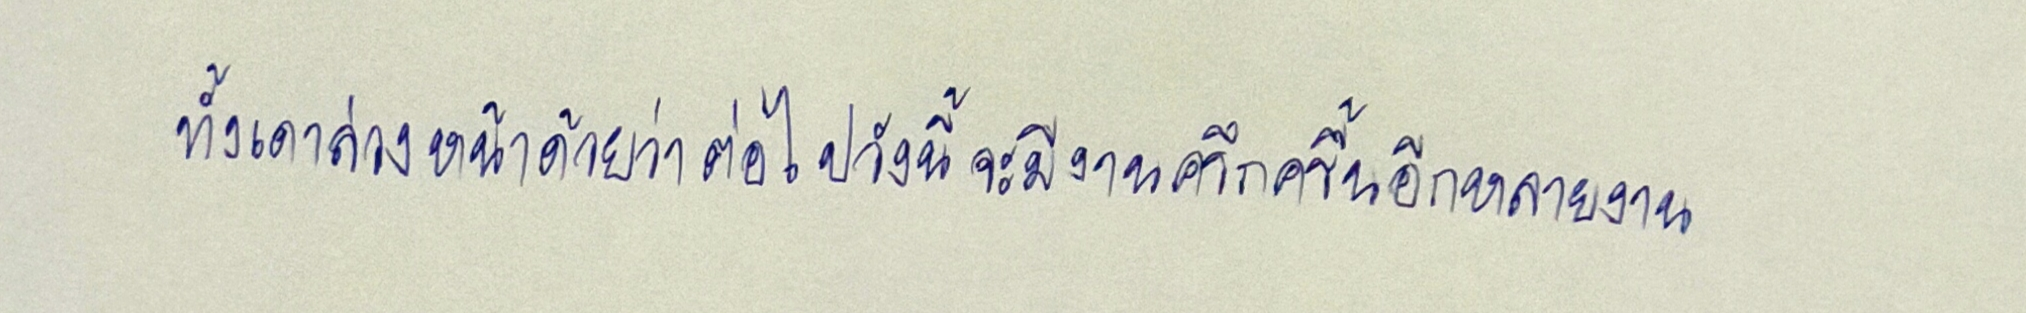
ทั้งเดาล่วงหน้าด้วยว่าต่อไปวังนี้จะมีงานครึกครื้นอีกหลายงาน